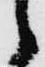
々